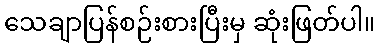
သေချာပြန်စဉ်းစားပြီးမှ ဆုံးဖြတ်ပါ။